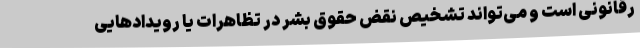
رقانونی است و می‌تواند تشخیص نقض حقوق بشر در تظاهرات یا رویدادهایی